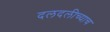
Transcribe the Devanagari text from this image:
दलदलीच्याच